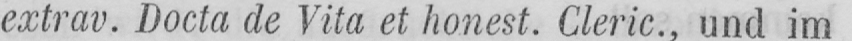
extrav. Docta de Vita et honest. Cleric., und im